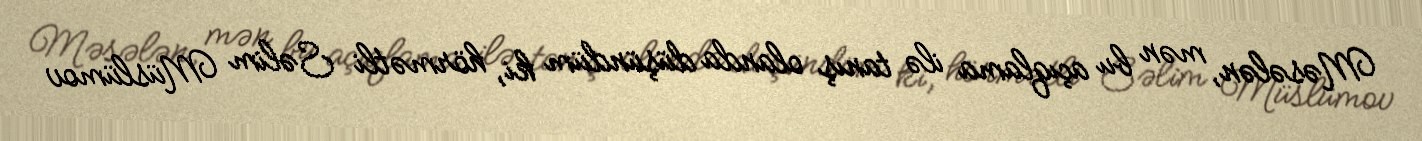
Məsələn, mən bu açıqlama ilə tanış olanda düşündüm ki, hörmətli Səlim Müslümov